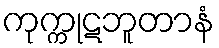
ကုက္ကုဋဘူတာနံ